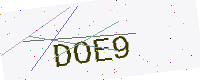
Text: DOE9